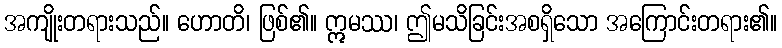
အကျိုးတရားသည်။ ဟောတိ၊ ဖြစ်၏။ ဣမဿ၊ ဤမသိခြင်းအစရှိသော အကြောင်းတရား၏။